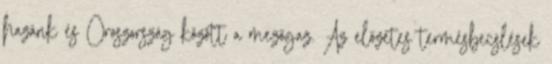
hazánk és Oroszország között a mezőgaz. Az előzetes termésbecslések